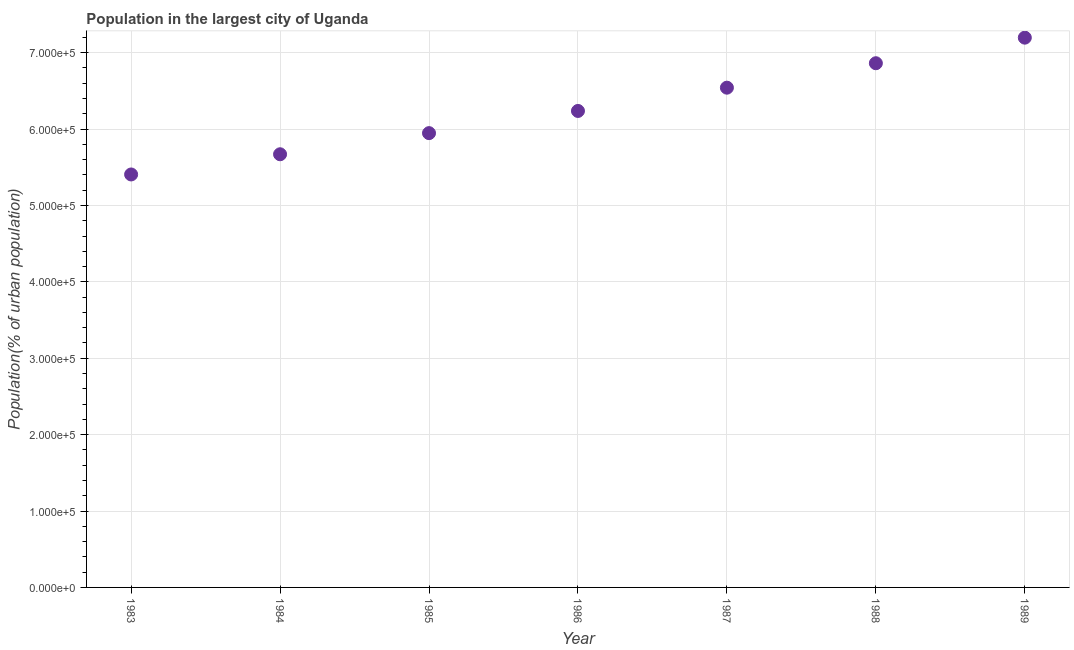
| Year | Population in largest city |
 | --- | --- |
 | 1983 | 5.41e+05 |
 | 1984 | 5.67e+05 |
 | 1985 | 5.95e+05 |
 | 1986 | 6.24e+05 |
 | 1987 | 6.54e+05 |
 | 1988 | 6.86e+05 |
 | 1989 | 7.2e+05 |